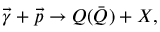
\vec { \gamma } + \vec { p } \rightarrow Q \bar { ( Q ) } + X ,